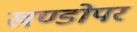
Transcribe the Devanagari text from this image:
खण्डोपर